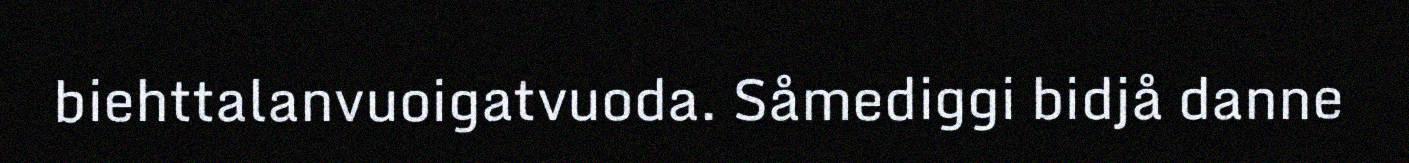
biehttalanvuoigatvuoda. Såmediggi bidjå danne